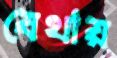
যেথায়